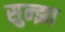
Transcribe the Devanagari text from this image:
सुन्झा